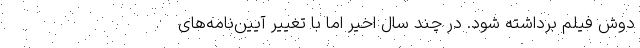
دوش فیلم برداشته شود. در چند سال اخیر اما با تغییر آیین‌نامه‌های